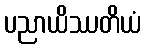
ပညာယိဿတိယံ